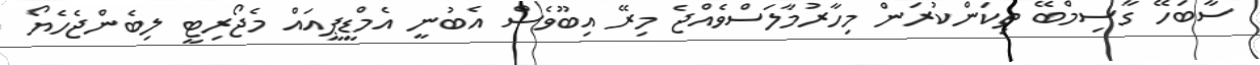
ސާބަހޭ ގާސިމްބޭ ތިކަންކުރަން މިހާރުމާލަސްވެއްޖެ މިރޭ އިބޫވެސް އެބުނީ އެމްޑީޕީއައް މެޖޯރިޓީ ލިބެންޖެހެޔޯ